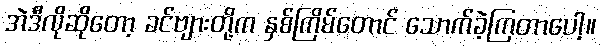
အဲဒီလိုဆိုတော့ ခင်ဗျားတို့က နှစ်ကြိမ်တောင် သောက်ခဲ့ကြတာပေါ့။